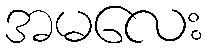
အမလေး